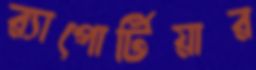
র‍্যাপোর্টিয়ার